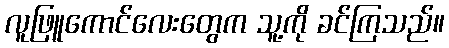
လူဖြူကောင်လေးတွေက သူ့ကို ခင်ကြသည်။